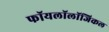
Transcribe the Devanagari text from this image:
फॉयलॉलॉजिकल